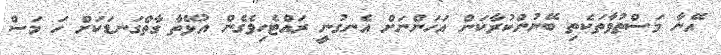
އޭނާ މަސްތުވާތަކެތި ބޭނުންކުރާކަން އަހަންނަށް އެނގުނީ ރައްޓެހިވެގެން އުޅޭތާ ގާތްގަނޑަކަށް ހަ މަސް